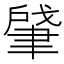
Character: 肈